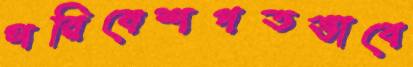
পরিবেশগতভাবে